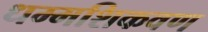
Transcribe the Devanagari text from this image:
धम्मशिकवण